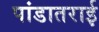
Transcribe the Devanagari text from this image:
पांडातराई